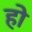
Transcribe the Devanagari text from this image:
हो